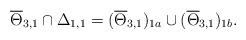
LaTeX: \begin{align*}\overline{\Theta}_{3,1}\cap\Delta_{1,1} = (\overline{\Theta}_{3,1})_{1a} \cup (\overline{\Theta}_{3,1})_{1b}.\end{align*}